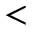
<